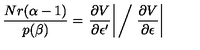
\frac { N r ( \alpha - 1 ) } { p ( \beta ) } = \left. \frac { \partial V } { \partial \epsilon ^ { \prime } } \right| \bigg / \left. \frac { \partial V } { \partial \epsilon } \right|